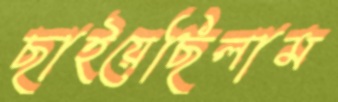
ছাইয়েছিলাম